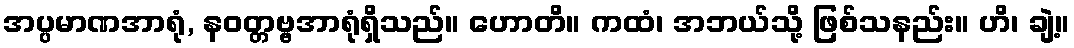
အပ္ပမာဏအာရုံ, နဝတ္တဗ္ဗအာရုံရှိသည်။ ဟောတိ။ ကထံ၊ အဘယ်သို့ ဖြစ်သနည်း။ ဟိ၊ ချဲ့။